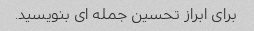
برای ابراز تحسین جمله ای بنویسید.